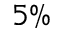
5 \%